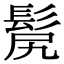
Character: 𩬜